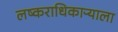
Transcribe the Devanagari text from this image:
लष्कराधिकाऱ्याला